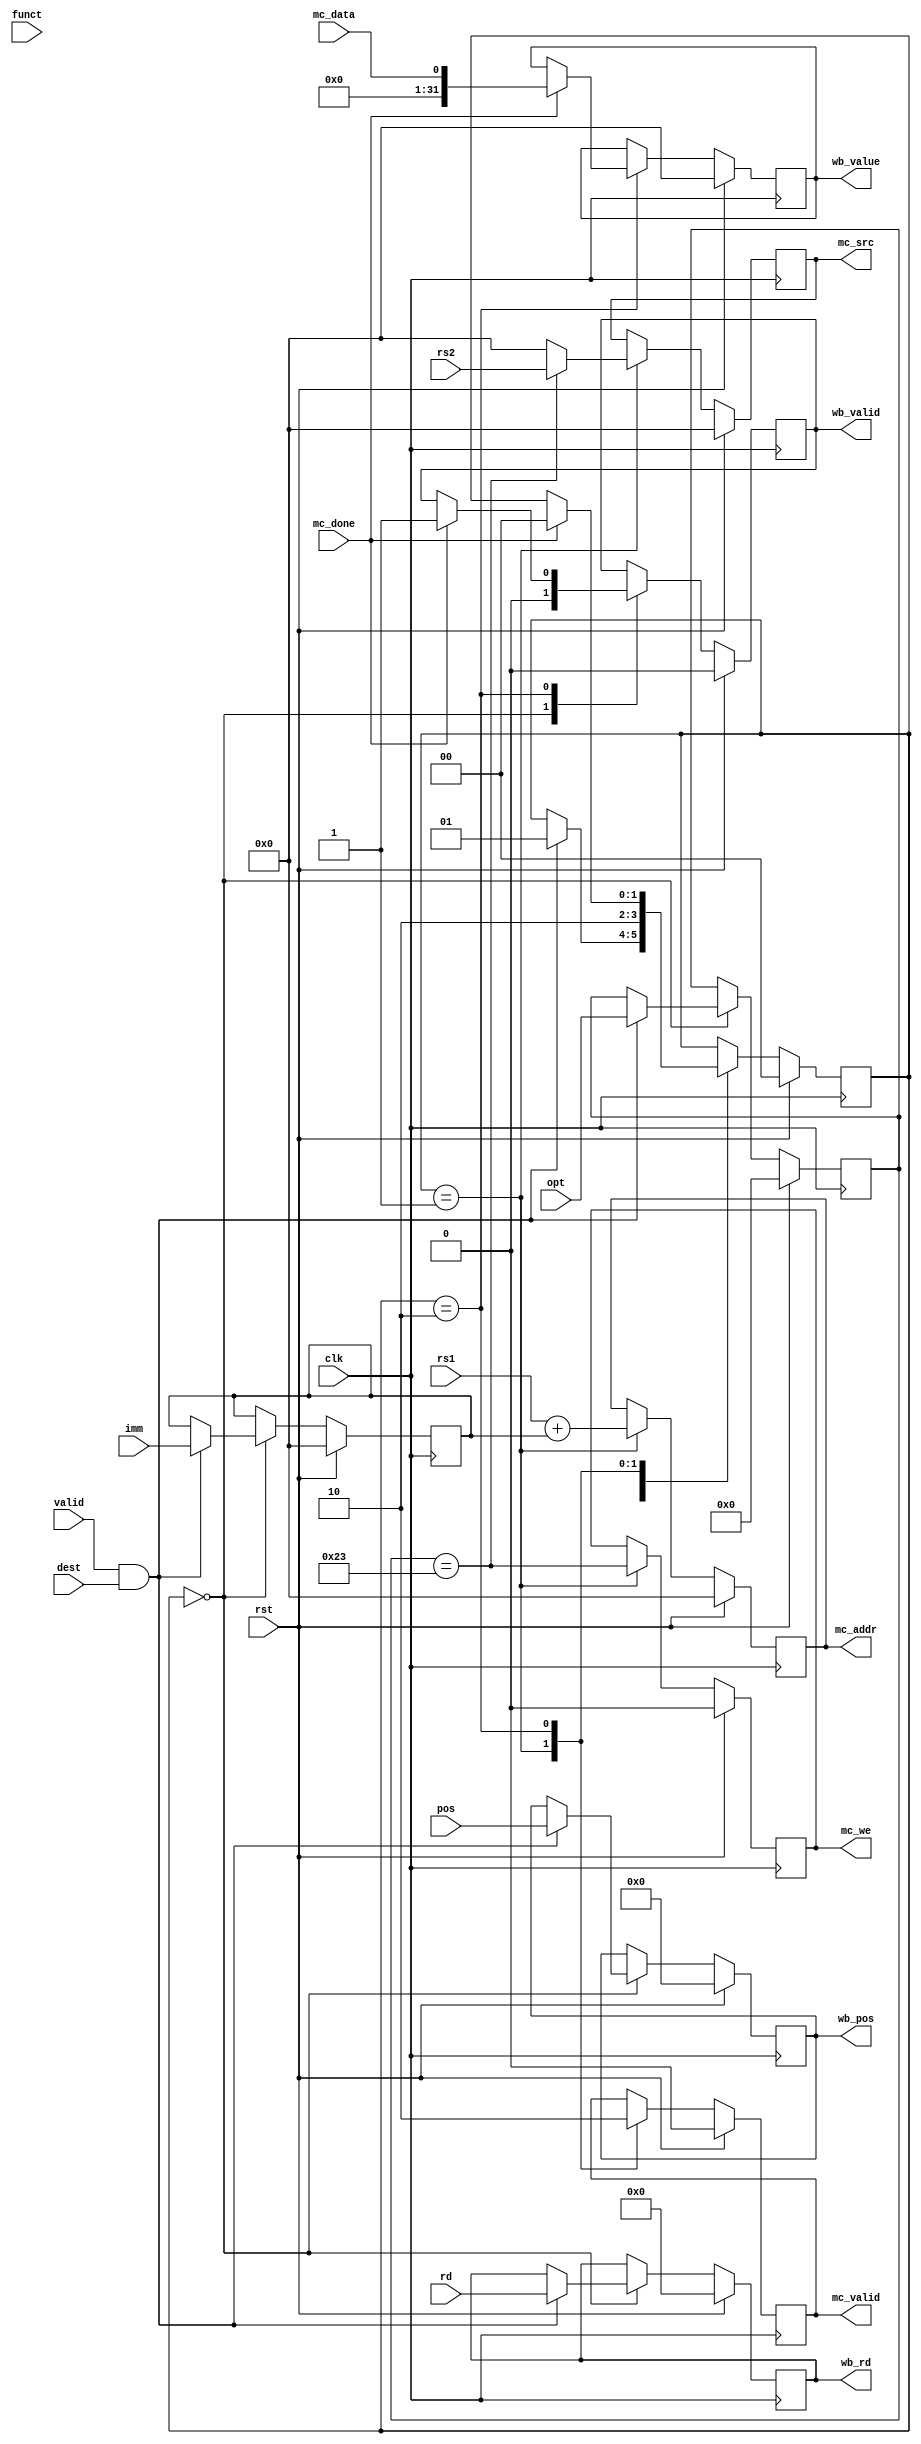
module ls_unit 
#(
  parameter SB_SIZE_WIDTH = 4,
  parameter DATA_WIDTH = 32
)
(
  input wire clk,
  input wire rst,

  // from exe broadcast
  input wire valid,
  input wire dest, // 0 for alu, 1 for ls
  input wire [SB_SIZE_WIDTH-1:0] pos,
  input wire [OPT_WIDTH-1:0]     opt,
  input wire [FUNCT_WIDTH-1:0]   funct,
  input wire [REG_WIDTH-1:0]     rd,
  input wire [DATA_WIDTH-1:0]    imm,

  input wire [DATA_WIDTH-1:0]    rs1,
  input wire [DATA_WIDTH-1:0]    rs2,

  // with wb_buffer
  output reg wb_valid,
  output reg [SB_SIZE_WIDTH-1:0] wb_pos,
  output reg [REG_WIDTH-1:0]     wb_rd,
  output reg  [DATA_WIDTH-1:0]    wb_value,

  // with mc
  input wire mc_done,
  input wire mc_data,
  output reg mc_valid,
  output reg mc_we,
  output reg [DATA_WIDTH-1:0] mc_src,
  output reg [DATA_WIDTH-1:0] mc_addr
);

  localparam OPT_WIDTH = 7;
  localparam FUNCT_WIDTH = 3;
  localparam REG_WIDTH = 5;

  localparam OPCODE_L = 7'b0000011;
  localparam OPCODE_S = 7'b0100011;

  reg [1:0] status;
  localparam IDLE = 2'b00, EXE = 2'b01, WAIT = 2'b10;

  reg [OPT_WIDTH-1:0] opt_save;
  reg [FUNCT_WIDTH-1:0] funct_save;
  reg [DATA_WIDTH-1:0] imm_save;

  always @(posedge clk) begin
    if (rst) begin
      wb_valid <= 0;
      wb_pos <= 0;
      wb_rd <= 0;
      wb_value <= 0;
      mc_valid <= 0;
      mc_we <= 0;
      mc_src <= 0;
      mc_addr <= 0;
      status <= 0;
      imm_save <= 0;
      opt_save <= 0;
      funct_save <= 0;
    end else begin
      case (status)
      IDLE: begin
        wb_valid <= 0;
        if (valid && dest) begin
          wb_pos <= pos;
          wb_rd <= rd;
          imm_save <= imm;
          opt_save <= opt;
          funct_save <= funct;
          status <= EXE;
        end
      end
      EXE: begin
        mc_valid <= 1;
        mc_we <= (opt_save == OPCODE_S);
        mc_addr <= rs1 + imm_save;
        if (opt_save == OPCODE_S) begin
          mc_src <= rs2;
        end else begin
          mc_src <= 0;
        end
        status <= WAIT;
      end
      WAIT: begin
        mc_valid <= 0;
        if (mc_done) begin
          wb_valid <= 1;
          wb_value <= mc_data;
          status <= IDLE;
        end
      end
      endcase
    end
  end

endmodule